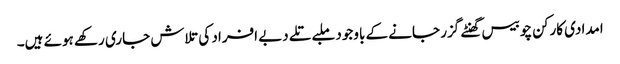
امدادی کارکن چوبیس گھنٹے گزر جانے کے باوجود ملبے تلے دبے افراد کی تلاش جاری رکھے ہوئے ہیں۔